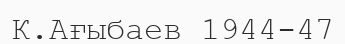
К.Ағыбаев 1944-47